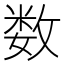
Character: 数